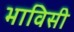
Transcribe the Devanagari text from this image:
भाविसी